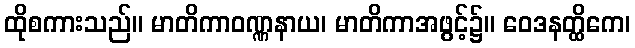
ထိုစကားသည်။ မာတိကာဝဏ္ဏနာယ၊ မာတိကာအဖွင့်၌။ ဝေဒနတ္ထိကေ၊